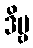
ဒိဗ္ဗ